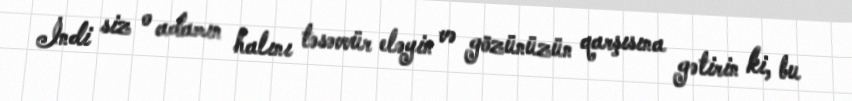
İndi siz o adamın halını təsəvvür eləyin və gözünüzün qarşısına gətirin ki, bu